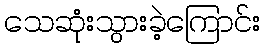
သေဆုံးသွားခဲ့ကြောင်း